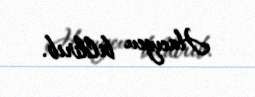
Hacıyev bildirib.